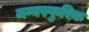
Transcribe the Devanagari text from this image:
मग्नस्फुरिक